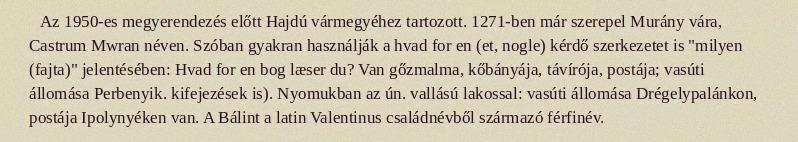
Az 1950-es megyerendezés előtt Hajdú vármegyéhez tartozott. 1271-ben már szerepel Murány vára, Castrum Mwran néven. Szóban gyakran használják a hvad for en (et, nogle) kérdő szerkezetet is "milyen (fajta)" jelentésében: Hvad for en bog læser du? Van gőzmalma, kőbányája, távírója, postája; vasúti állomása Perbenyik. kifejezések is). Nyomukban az ún. vallású lakossal: vasúti állomása Drégelypalánkon, postája Ipolynyéken van. A Bálint a latin Valentinus családnévből származó férfinév.